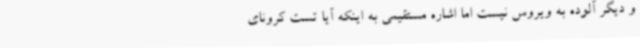
و دیگر آلوده به ویروس نیست اما اشاره مستقیمی به اینکه آیا تست کرونای